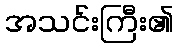
အသင်းကြီး၏